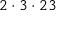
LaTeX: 2 \cdot 3 \cdot 2 3